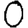
Digit: 0